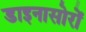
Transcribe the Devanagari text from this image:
डाइनासोरों